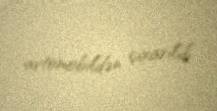
avtomobildən çıxarılıb.